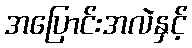
အပြောင်းအလဲနှင့်